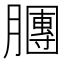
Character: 𣎫